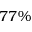
7 7 \%